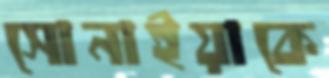
সোনাইয়াকে